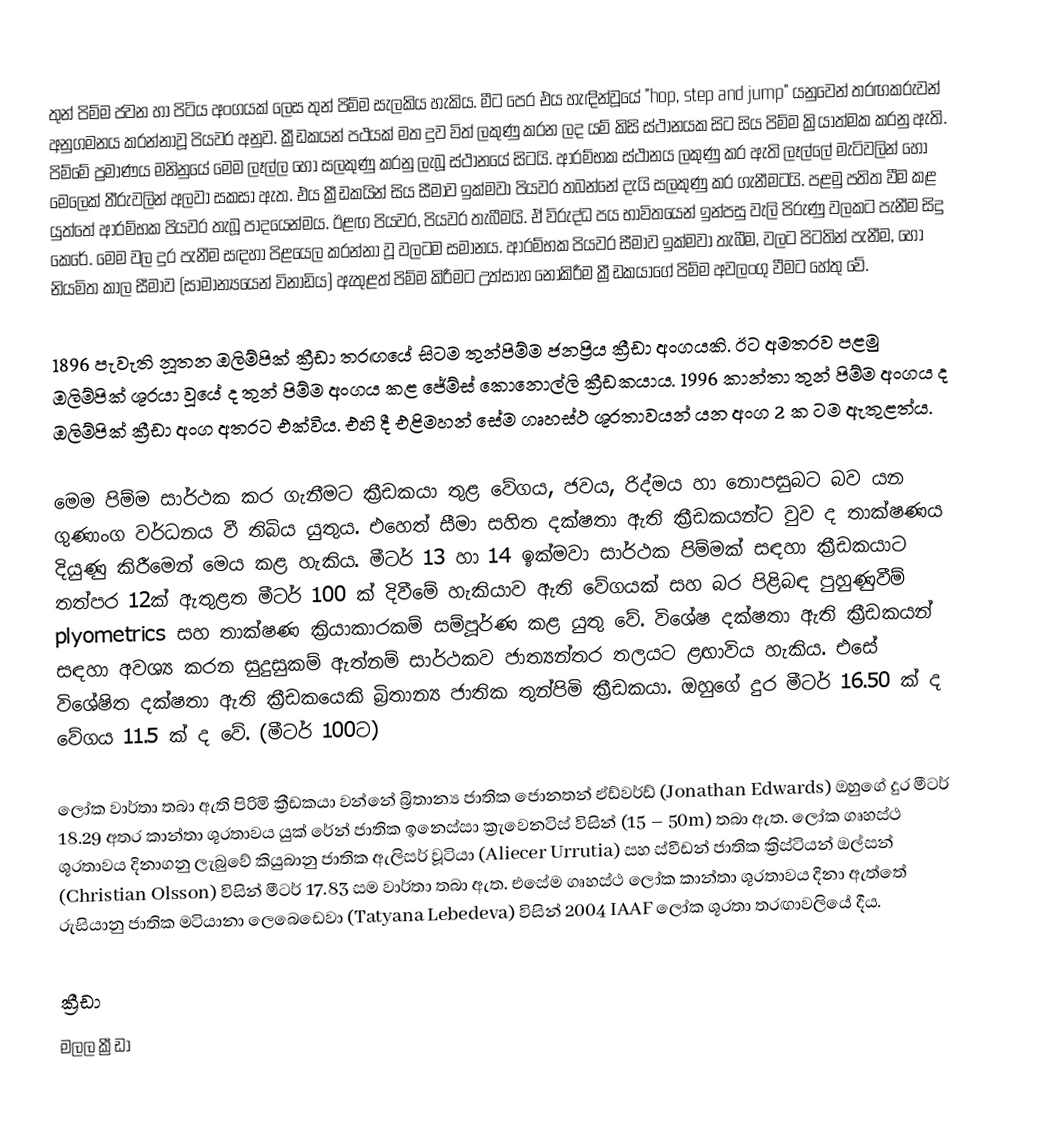
තුන් පිම්ම ජවන හා පිටිය අංගයක් ලෙස තුන් පිම්ම සැලකිය හැකිය. මීට පෙර එය හැඳින්වූයේ "hop, step and jump" යනුවෙන් තරඟකරුවන් අනුගමනය කරන්නාවූ පියවර අනුව. ක්‍රීඩකයන් පථයක් මත දුව විත් ලකුණු කරන ලද යම් කිසි ස්ථානයක සිට සිය පිම්ම ක්‍රියාත්මක කරනු ඇති. පිම්මේ ප්‍රමාණය මනිනුයේ මෙම ලෑල්ල හෝ සලකුණු කරනු ලැබූ ස්ථානයේ සිටයි. ආරම්භක ස්ථානය ලකුණු කර ඇති ලෑල්ලේ මැටිවලින් හෝ මෙලෙක් තීරුවලින් අලවා සකසා ඇත. එය ක්‍රීඩකයින් සිය සීමාව ඉක්මවා පියවර තබන්නේ දැයි සලකුණු කර ගැනීමටයි. පළමු පතිත වීම කළ යුත්තේ ආරම්භක පියවර තැබූ පාදයෙන්මය. ඊළඟ පියවර, පියවර තැබීමයි. ඒ විරුද්ධ පය භාවිතයෙන් ඉන්පසු වැලි පිරුණු වලකට පැනීම සිදු කෙරේ. මෙම වල දුර පැනීම සඳහා පිළයෙල කරන්නා වූ වලටම සමානය. ආරම්භක පියවර සීමාව ඉක්මවා තැබීම, වලට පිටතින් පැනීම, හෝ නියමිත කාල සීමාව (සාමාන්‍යයෙන් විනාඩිය) ඇතුළත් පිම්ම කිරීමට උත්සාහ නොකිරීම ක්‍රීඩකයාගේ පිම්ම අවලංගු වීමට හේතු වේ.

1896 පැවැති නූතන ඔලිම්පික් ක්‍රීඩා තරඟයේ සිටම තුන්පිම්ම ජනප්‍රිය ක්‍රීඩා අංගයකි. ඊට අමතරව පළමු ඔලිම්පික් ශූරයා වූයේ ද තුන් පිම්ම අංගය කළ ජේම්ස් කොනොල්ලි ක්‍රීඩකයාය. 1996 කාන්තා තුන් පිම්ම අංගය ද ඔලිම්පික් ක්‍රීඩා අංග අතරට එක්විය. එහි දී එළිමහන් සේම ගෘහස්ථ ශූරතාවයන් යන අංග 2 ක ටම ඇතුළත්ය.

මෙම පිම්ම සාර්ථක කර ගැනීමට ක්‍රීඩකයා තුළ වේගය, ජවය, රිද්මය හා නොපසුබට බව යන ගුණාංග වර්ධනය වී තිබිය යුතුය. එහෙත් ‍සීමා සහිත දක්ෂතා ඇති ක්‍රීඩකයන්ට වුව ද තාක්ෂණය දියුණු කිරීමෙන් මෙය කළ හැකිය. මීටර් 13 හා 14 ඉක්මවා සාර්ථක පිම්මක් සඳහා ක්‍රීඩකයාට තත්පර 12ක් ඇතුළත මීටර් 100 ක් දිවීමේ හැකියාව ඇති වේගයක් සහ බර පිළිබඳ පුහුණුවීම් plyometrics සහ තාක්ෂණ ක්‍රියාකාරකම් සම්පූර්ණ කළ  යුතු වේ. විශේෂ දක්ෂතා ඇති ක්‍රීඩකයන් සඳහා අවශ්‍ය කරන සුදුසුකම් ඇත්නම් සාර්ථකව ජාත්‍යන්තර තලයට  ළඟාවිය හැකිය. එසේ විශේෂිත දක්ෂතා ඇති ක්‍රීඩකයෙකි බ්‍රිතාන්‍ය ජාතික තුන්පිමි ක්‍රීඩකයා. ඔහුගේ දුර මීටර් 16.50 ක් ද වේගය 11.5 ක් ද වේ. (මීටර් 100ට)

ලෝක වාර්තා තබා ඇති පිරිමි ක්‍රීඩකයා වන්නේ බ්‍රිතාන්‍ය ජාතික ජොනතන් ඒඩ්වර්ඩ් (Jonathan Edwards) ඔහුගේ දුර මීටර් 18.29 අතර කාන්තා ශූරතාවය යුක් රේන් ජාතික ඉනෙස්සා ක්‍රැවෙනටිස් විසින් (15 – 50m) තබා ඇත. ලෝක ගෘහස්ථ ශූරතාවය දිනාගනු ලැ‍බුවේ කියුබානු ජාතික ඇලිසර් වූටියා  (Aliecer Urrutia) සහ ස්වීඩන් ජාතික ක්‍රිස්ටියන් ඔල්සන් (Christian Olsson) විසින් මීටර් 17.83 සම වාර්තා තබා ඇත. එසේම ගෘහස්ථ ලෝක කාන්තා ශූරතාවය දිනා ඇත්තේ රුසියානු ජාතික මටියානා ලෙබෙඩෙවා (Tatyana Lebedeva) විසින් 2004 IAAF  ලෝක ශූරතා තරඟාවලියේ දීය.

ක්‍රීඩා
මලල ක්‍රීඩා